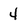
Character: 4